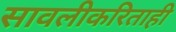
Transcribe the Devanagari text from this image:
सावलीकरिताही